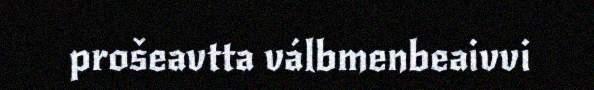
prošeavtta válbmenbeaivvi